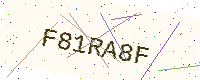
Text: F81RA8F